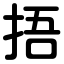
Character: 捂